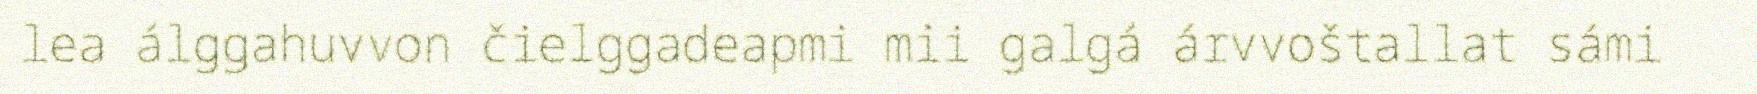
lea álggahuvvon čielggadeapmi mii galgá árvvoštallat sámi